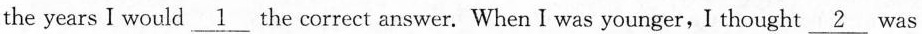
the years I would \underline{1} the correct answer. When I was younger,I thought \underline{2} was